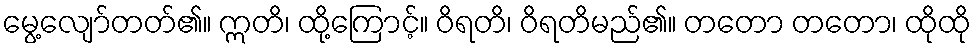
မွေ့လျော်တတ်၏။ ဣတိ၊ ထို့ကြောင့်။ ဝိရတိ၊ ဝိရတိမည်၏။ တတော တတော၊ ထိုထို